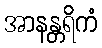
အာနန္တရိကံ